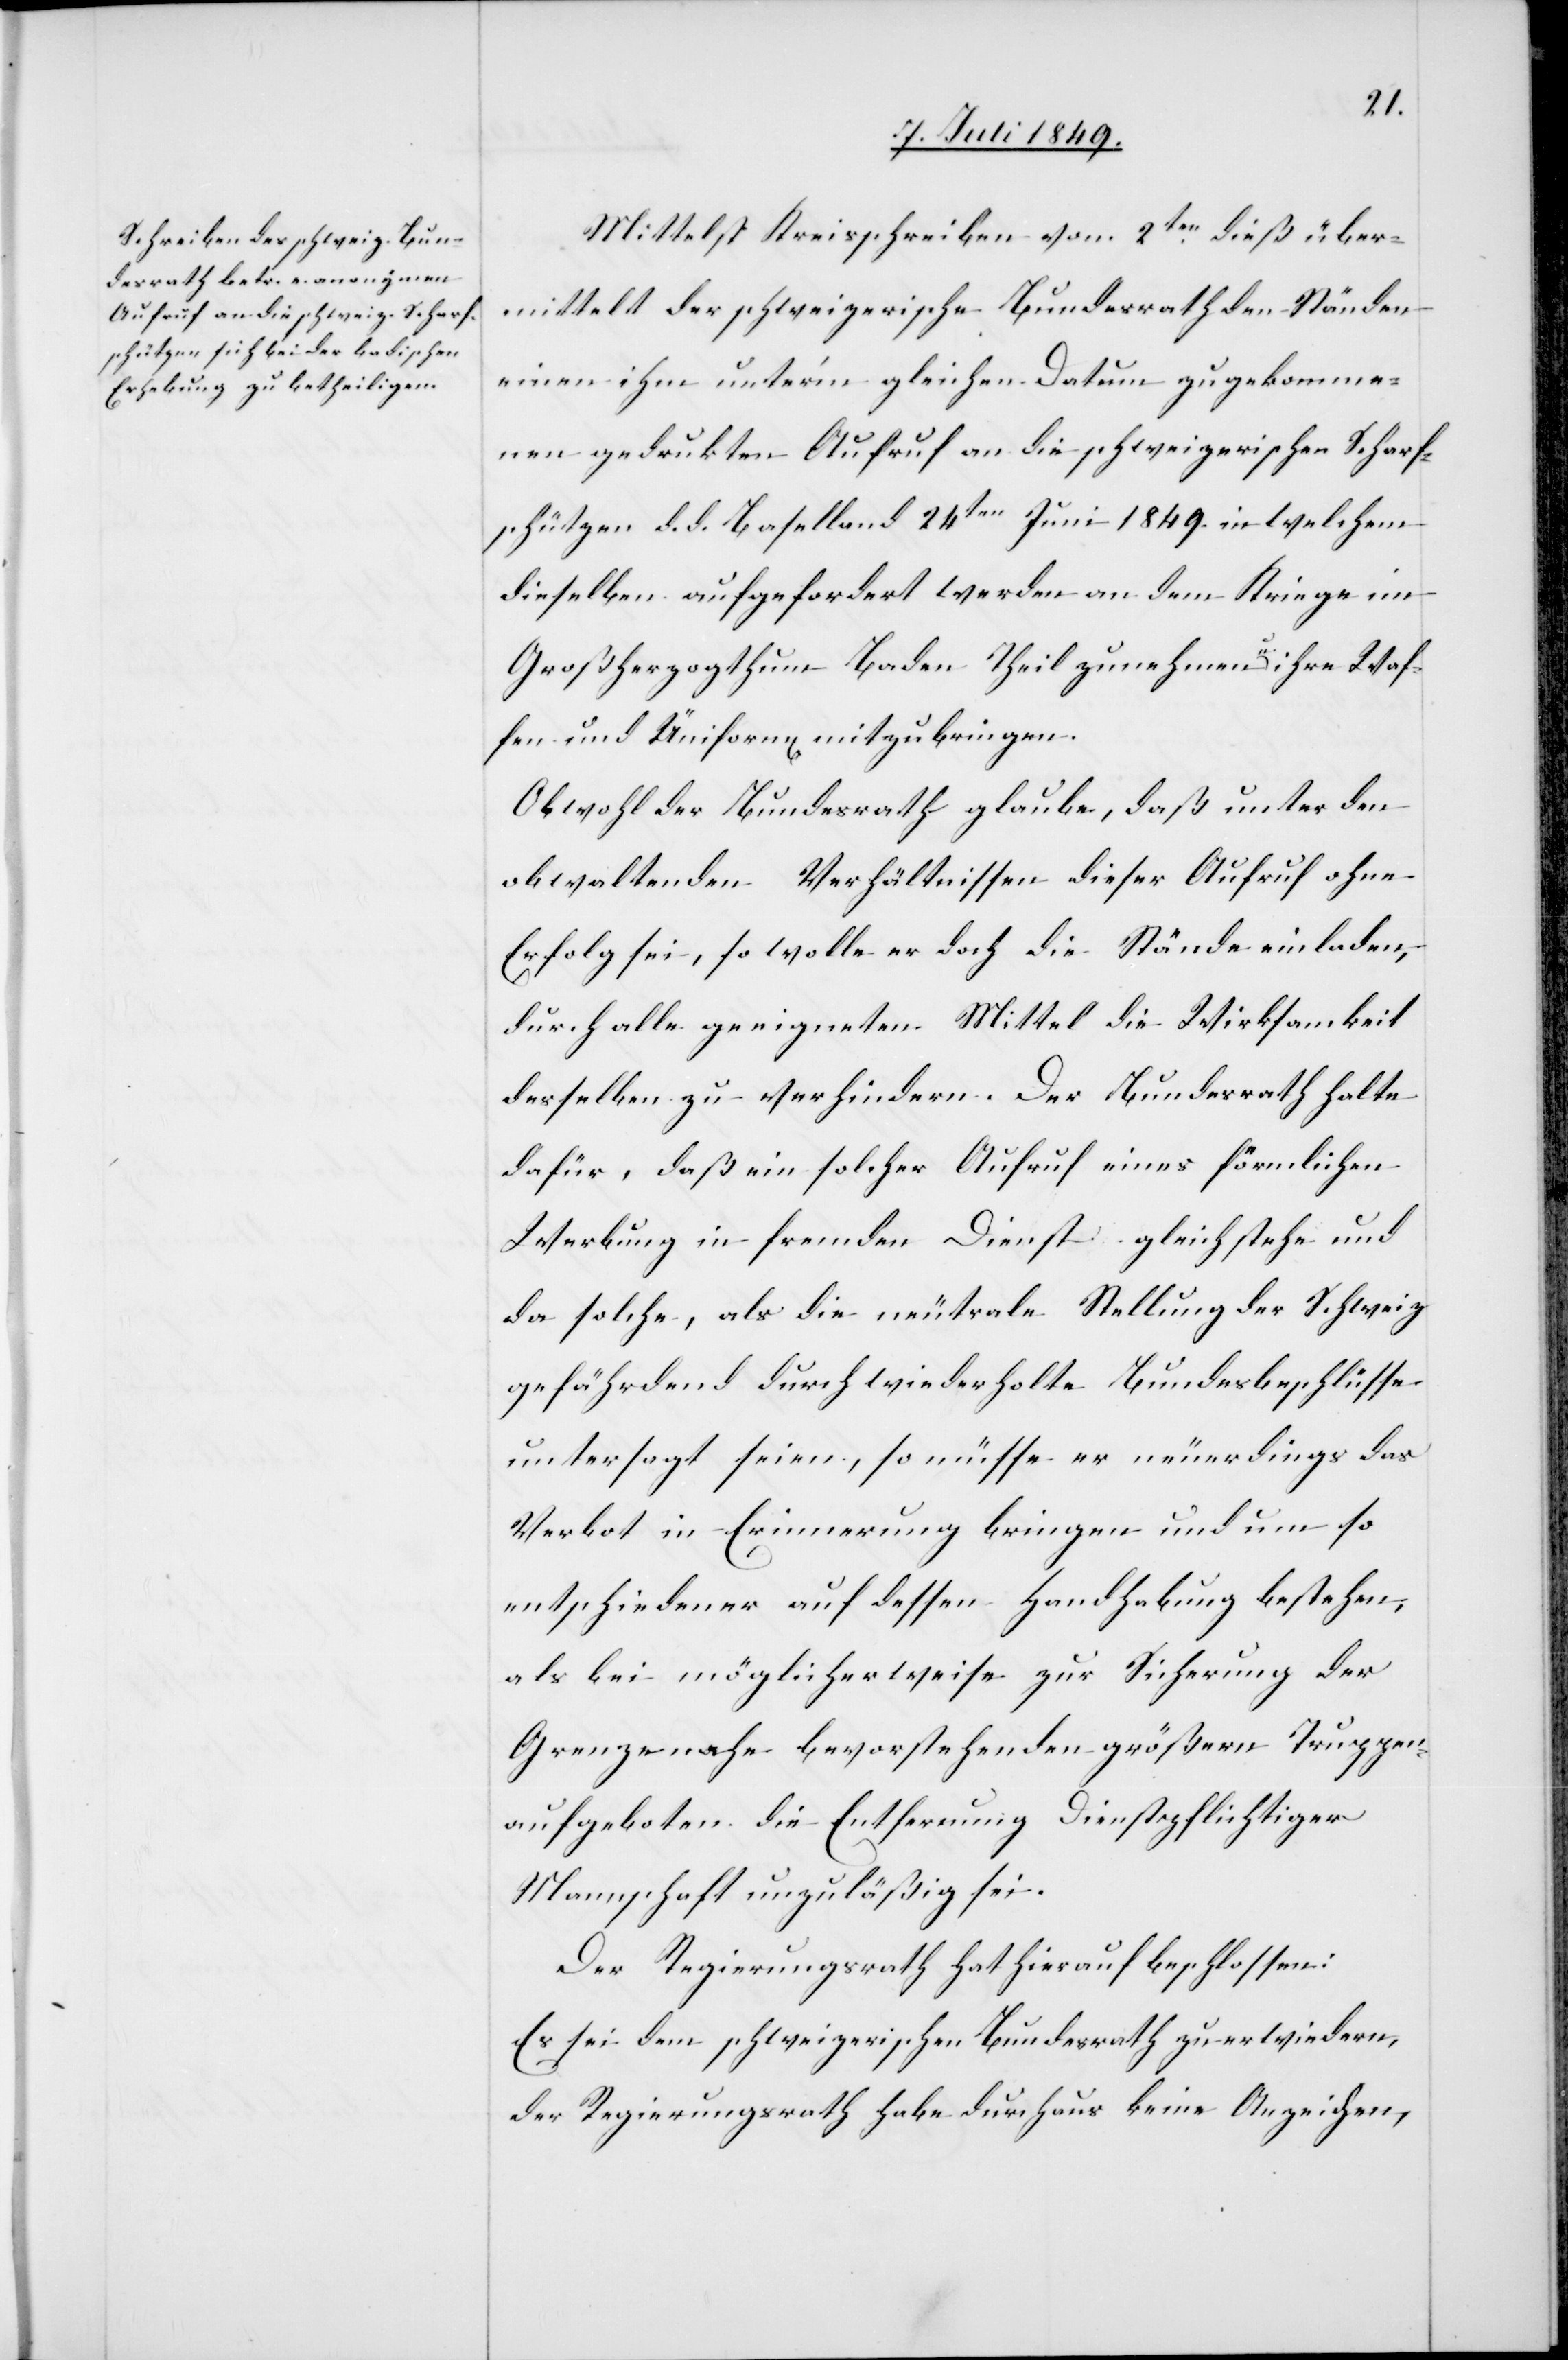
Mittelst Kreisschreiben vom 2ten dieß über¬
mittelt der schweizerische Bundesrath den Ständen
einen ihm unter’m gleichen Datum zugekomme¬
nen gedrukten Aufruf an die schweizerischen Scharf¬
schützen d. d. Baselland 24ten Juni 1849. in welchem
dieselben aufgefordert werden an dem Kriege im
Großherzogthum Baden Theil zunehmen u. ihre Waf¬
fen und Uniform[en] mitzubringen.
Obwohl der Bundesrath glaube, daß unter den
obwaltenden Verhältnissen dieser Aufruf ohne
Erfolg sei, so wolle er doch die Stände einladen,
durch alle geeigneten Mittel die Wirksamkeit
desselben zu verhindern. Der Bundesrath halte
dafür, daß ein solcher Aufruf eines [sic!] förmlichen
Werbung in fremden Dienst gleich stehe und
da solche, als die neutrale Stellung der Schweiz
gefährdend durch wiederholte Bundesbeschlüsse
untersagt seien, so müsse er neuerdings das
Verbot in Erinnerung bringen und um so
entschiedener auf dessen Handhabung bestehen,
als bei möglicherweise zur Sicherung der
Grenze nahe bevorstehenden größern Truppen
aufgeboten die Entfernung dienstpflichtiger
Mannschaft unzuläßig sei.
Der Regierungsrath hat hierauf beschlossen:
Es sei dem schweizerischen Bundesrath zu erwiedern,
der Regierungsrath habe durchaus keine Anzeichen,